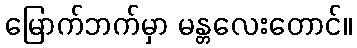
မြောက်ဘက်မှာ မန္တလေးတောင်။